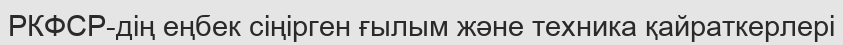
РКФСР-дің еңбек сіңірген ғылым және техника қайраткерлері